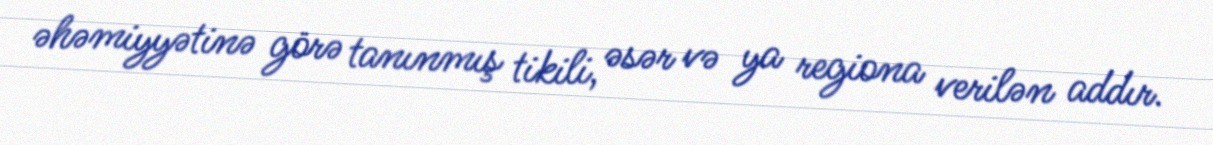
əhəmiyyətinə görə tanınmış tikili, əsər və ya regiona verilən addır.